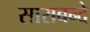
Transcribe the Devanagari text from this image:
साराबन्दे